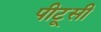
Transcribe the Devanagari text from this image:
पीटूसी